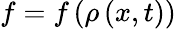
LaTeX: f=f\left(\rho\left(x,t\right)\right)